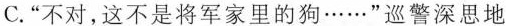
C.”不对，这不是将军家里的狗······”巡警深思地